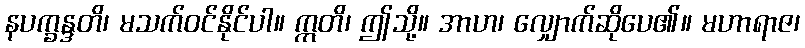
နပက္ခန္ဒတိ၊ မသက်ဝင်နိုင်ပါ။ ဣတိ၊ ဤသို့။ အာဟ၊ လျှောက်ဆိုပေ၏။ မဟာရာဇ၊